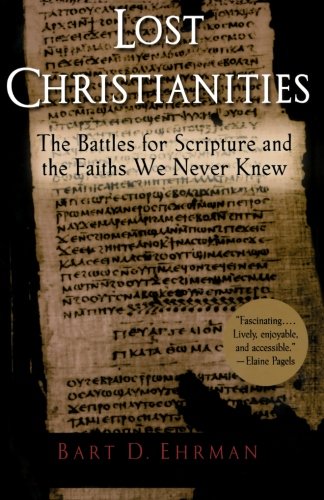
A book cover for Lost Christianities: The Battles for Scripture and the Faiths We Never Knew; Bart D. Ehrman; Christian Books & Bibles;